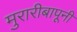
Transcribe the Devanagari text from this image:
मुरारीबापूनी